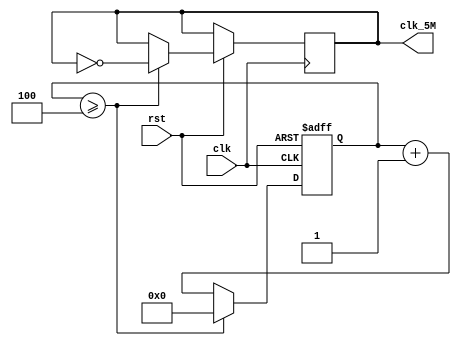
module clk_5M(clk,rst,clk_5M);
input clk,rst;
output clk_5M;

reg[31:0]cnt;
reg clk_5M;
always@(posedge clk or negedge rst)
begin
	if(!rst)
		begin
			cnt<=1'b0;
		end
	else if(cnt>=4)
		begin
			clk_5M<=~clk_5M;
			cnt<=1'b0;
		end 
	else  	
		begin
			cnt<=cnt+1'b1;
		end 
end 


endmodule